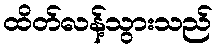
ထိတ်လန့်သွားသည်